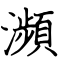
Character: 瀕